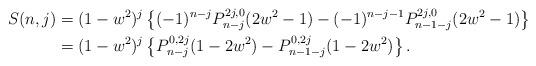
LaTeX: \begin{align*}S(n,j) &= (1-w^2)^j\left\{(-1)^{n-j}P_{n-j}^{2j,0}(2w^2-1) - (-1)^{n-j-1}P_{n-1-j}^{2j,0}(2w^2-1)\right\}\\& = (1-w^2)^j\left\{P_{n-j}^{0,2j}(1-2w^2) - P_{n-1-j}^{0,2j}(1-2w^2)\right\}.\end{align*}